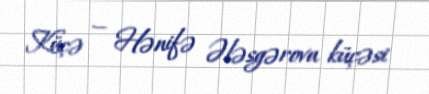
Küçə — Hənifə Ələsgərova küçəsi